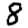
Digit: 8